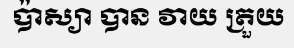
ប៉ាស្យា បាន វាយ ត្រួយ